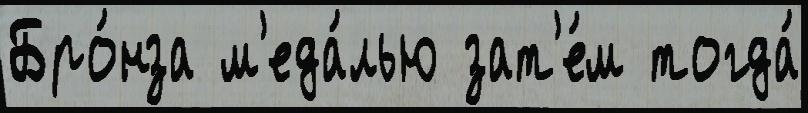
Бро́нза м'еда́лью зат'е́м тогда́